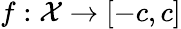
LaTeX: f:\mathcal{X}\rightarrow[-c,c]